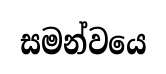
සමන්වයෙ